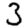
Digit: 3